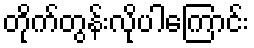
တိုက်တွန်းလိုပါကြောင်း